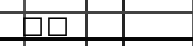
٩٦